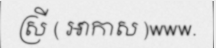
ស្រី ( ឣាកាស )www.